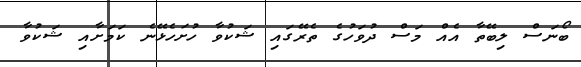
ބޯނަސް ލިބޭތާ އެއް މަސް ދުވަހުގެ ތެރޭގައި ޝަކުވާ ހުށަހެޅޭނެ ކަަމަށާއި ޝަކުވާ